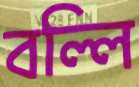
বল্লি